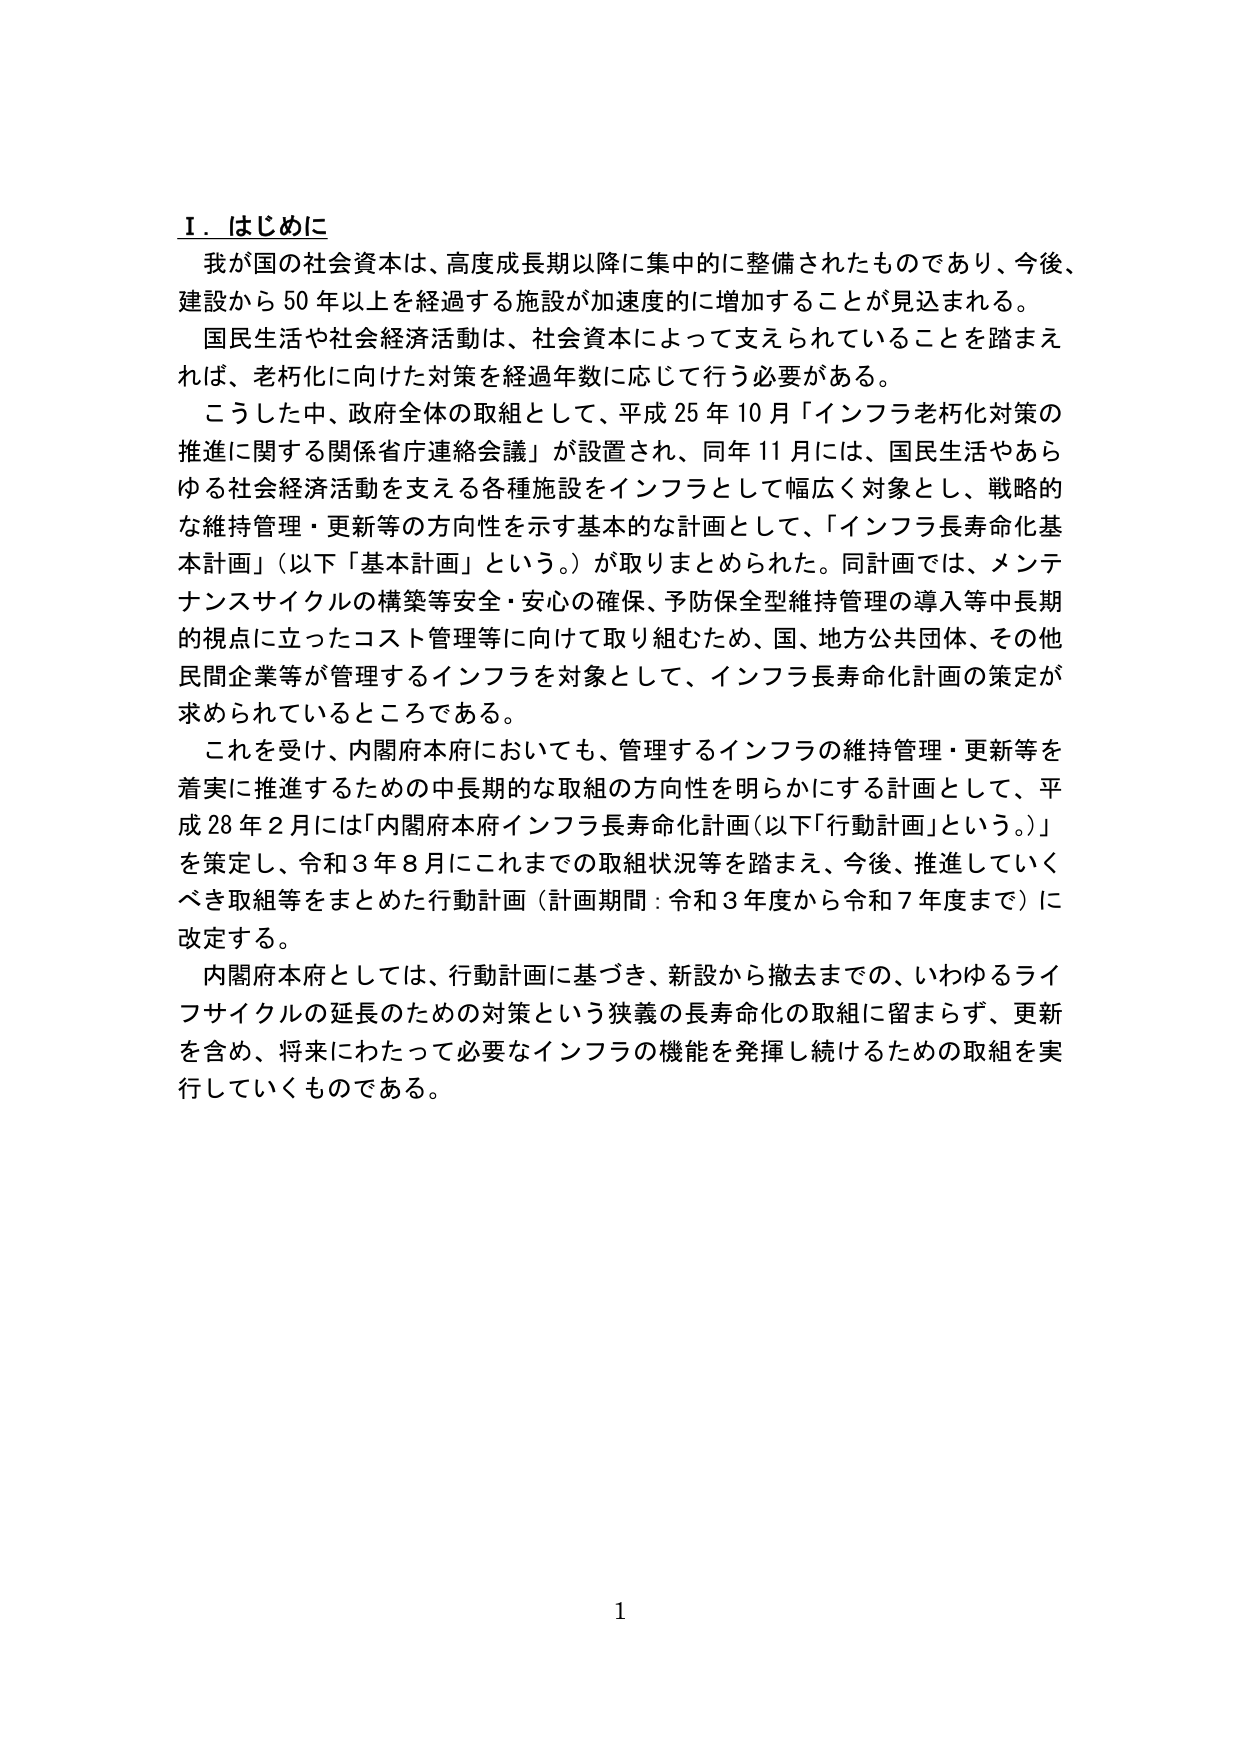
Ⅰ．はじめに
我が国の社会資本は、高度成長期以降に集中的に整備されたものであり、今後、建設から50年以上を経過する施設が加速度的に増加することが見込まれる。
国民生活や社会経済活動は、社会資本によって支えられていることを踏まえれば、老朽化に向けた対策を経過年数に応じて行う必要がある。
こうした中、政府全体の取組として、平成25年10月「インフラ老朽化対策の推進に関する関係省庁連絡会議」が設置され、同年11月には、国民生活やあらゆる社会経済活動を支える各種施設をインフラとして幅広く対象とし、戦略的な維持管理・更新等の方向性を示す基本的な計画として、「インフラ長寿命化基本計画」（以下「基本計画」という。）が取りまとめられた。同計画では、メンテナンスサイクルの構築等安全・安心の確保、予防保全型維持管理の導入等中長期的視点に立ったコスト管理等に向けて取り組むため、国、地方公共団体、その他民間企業等が管理するインフラを対象として、インフラ長寿命化計画の策定が求められているところである。
これを受けて、内閣府本府においても、管理するインフラの維持管理・更新等を着実に推進するための中長期的な取組の方向性を明らかにする計画として、平成28年2月には「内閣府本府インフラ長寿命化計画（以下「行動計画」という。）」を策定し、令和3年8月にこれまでの取組状況等を踏まえ、今後、推進していくべき取組等をまとめた行動計画（計画期間：令和3年度から令和7年度まで）に改定する。
内閣府本府としては、行動計画に基づき、新設から撤去までの、いわゆるライフサイクルの延長のための対策という狭義の長寿命化の取組に留まらず、更新を含め、将来にわたって必要なインフラの機能を発揮し続けるための取組を実行していくものである。

1